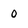
Character: 0